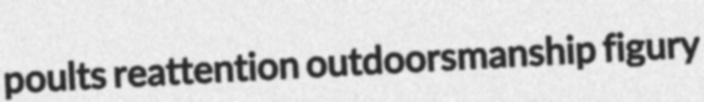
poults reattention outdoorsmanship figury